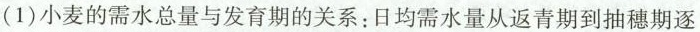
(1)小麦的需水总量与发育期的关系：日均需水量从返青期到抽穗期逐